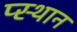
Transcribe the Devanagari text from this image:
प्स्थान